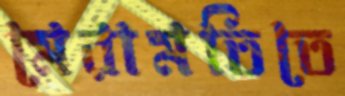
মেরামতিতে